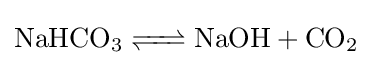
{\ce {NaHCO3 <=> NaOH + CO2}}